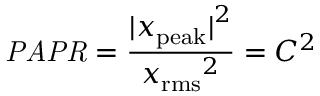
{ \mathit { P A P R } } = { \frac { { | x _ { \mathrm { p e a k } } | } ^ { 2 } } { { x _ { \mathrm { r m s } } } ^ { 2 } } } = C ^ { 2 }